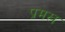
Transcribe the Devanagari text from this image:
प्रमख